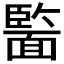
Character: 𩈵